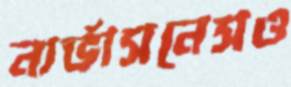
নার্ভাসনেসও